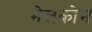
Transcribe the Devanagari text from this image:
मेलकोम